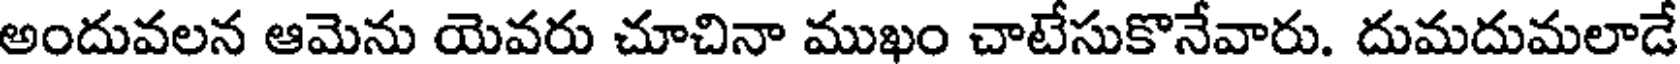
అందువలన ఆమెను యెవరు చూచినా ముఖం చాటేసుకొనేవారు. దుమదుమలాడే